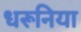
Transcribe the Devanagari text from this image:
धरूनिया